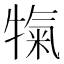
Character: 犔